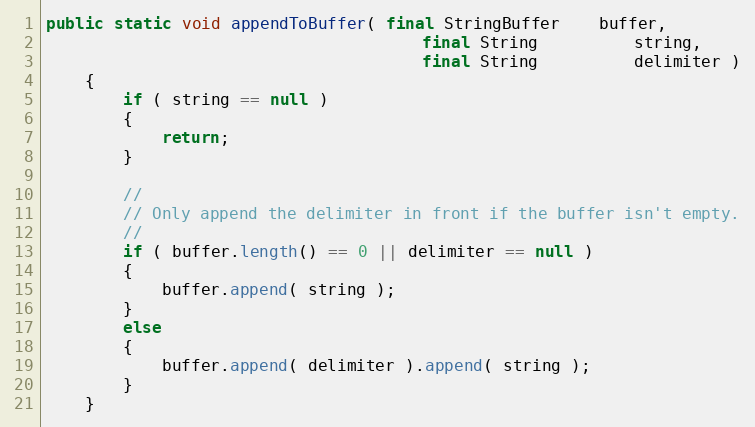
Language: Java
public static void appendToBuffer( final StringBuffer    buffer,
                                       final String          string,
                                       final String          delimiter )
    {
        if ( string == null )
        {
            return;
        }

        //
        // Only append the delimiter in front if the buffer isn't empty.
        //
        if ( buffer.length() == 0 || delimiter == null )
        {
            buffer.append( string );
        }
        else
        {
            buffer.append( delimiter ).append( string );
        }
    }